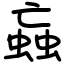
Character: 蝱